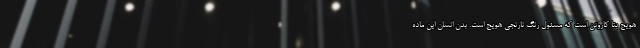
هویج بتا کاروتن است که مسئول رنگ نارنجی هویج است. بدن انسان این ماده